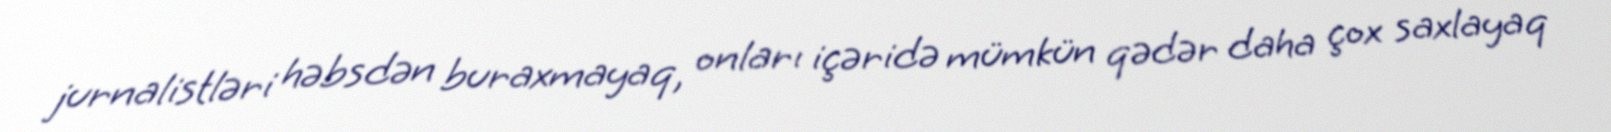
jurnalistləri həbsdən buraxmayaq, onları içəridə mümkün qədər daha çox saxlayaq